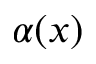
\alpha ( x )